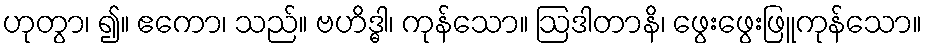
ဟုတွာ၊ ၍။ ဧကော၊ သည်။ ဗဟိဒ္ဓါ၊ ကုန်သော။ ဩဒါတာနိ၊ ဖွေးဖွေးဖြူကုန်သော။